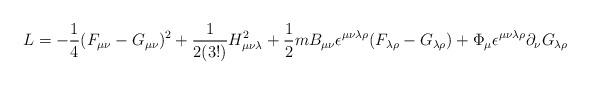
LaTeX: \begin{align*}{\sl L} = -\frac{1}{4}(F_{\mu \nu}-G_{\mu \nu})^2 +\frac{1}{2 (3!)} H_{\mu \nu \lambda}^2 +\frac{1}{2} m B_{\mu \nu } \epsilon^{\mu \nu \lambda \rho}(F_{\lambda \rho}-G_{\lambda \rho})+ \Phi_\mu \epsilon^{\mu \nu \lambda \rho} \partial_\nu G_{\lambda \rho}\end{align*}